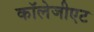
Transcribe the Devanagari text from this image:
कॉलेजीएट